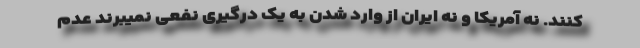
کنند. نه آمریکا و نه ایران از وارد شدن به یک درگیری نفعی نمیبرند عدم